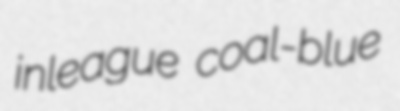
inleague coal-blue